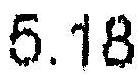
5.18